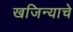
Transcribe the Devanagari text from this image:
खजिन्याचे